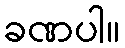
ခဏပါ။